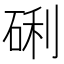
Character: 䂰